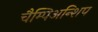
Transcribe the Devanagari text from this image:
चैम्पिअन्शिप